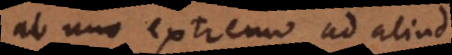
ab uno extremo ad aliud.